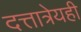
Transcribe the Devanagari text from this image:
दत्तात्रेयही